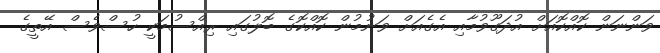
ވަންނަން ކޮއްކޮއަށް އުދަގޫވުމާއި އެގެއަށް ވަނުމުން ކޮއްކޮގެ ބޮލުގައި ރިއްސުމަކީ ހުސްވެސް އޭތީގެ